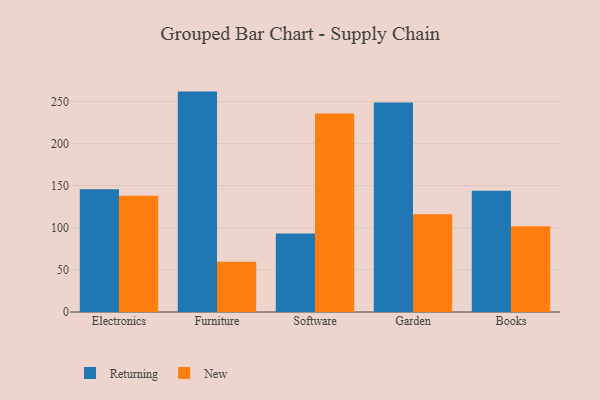
{"axis": {"x": "Category", "y": "Page Views"}, "legend": ["New", "Returning"], "data": [{"x": "Electronics", "y": 145.7, "type": "Returning"}, {"x": "Electronics", "y": 138.1, "type": "New"}, {"x": "Furniture", "y": 261.7, "type": "Returning"}, {"x": "Furniture", "y": 59.6, "type": "New"}, {"x": "Software", "y": 93.3, "type": "Returning"}, {"x": "Software", "y": 235.6, "type": "New"}, {"x": "Garden", "y": 248.8, "type": "Returning"}, {"x": "Garden", "y": 116.1, "type": "New"}, {"x": "Books", "y": 144.0, "type": "Returning"}, {"x": "Books", "y": 101.7, "type": "New"}]}